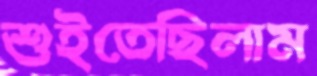
শুইতেছিলাম